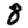
Digit: 8